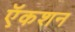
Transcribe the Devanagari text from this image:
ऍकशन